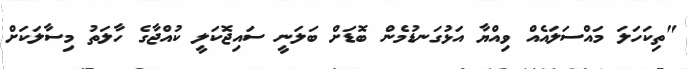
"ތިކަހަލަ މައްސަލައެއް ވިއްޔާ އަޅުގަނޑުމެން ބޮޑަށް ބަލަނީ ސައިޖޮކަލީ ކުއްޖާގެ ހާލަތު މިސާލަކަށް